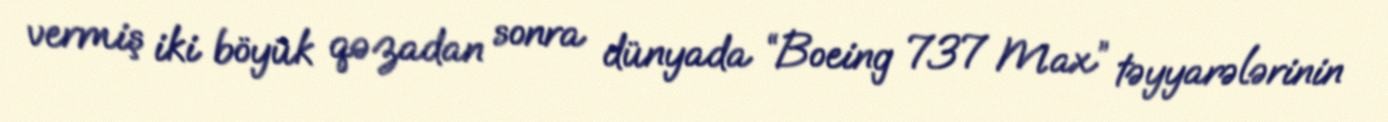
vermiş iki böyük qəzadan sonra dünyada “Boeing 737 Max” təyyarələrinin